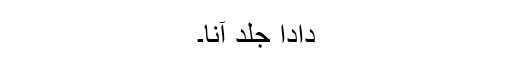
دادا جلد آنا۔